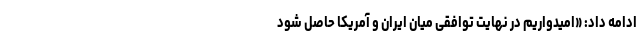
ادامه داد: «امیدواریم در نهایت توافقی میان ایران و آمریکا حاصل شود